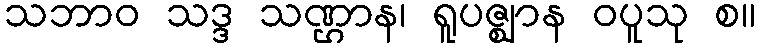
သဘာဝ သဒ္ဒ သဏ္ဌာန၊ ရူပဇ္ဈာန ဝပူသု စ။